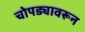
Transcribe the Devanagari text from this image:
चोपड्यावरून